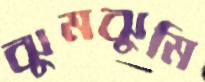
ঝুমঝুমি